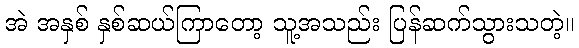
အဲ အနှစ် နှစ်ဆယ်ကြာတော့ သူ့အသည်း ပြန်ဆက်သွားသတဲ့။